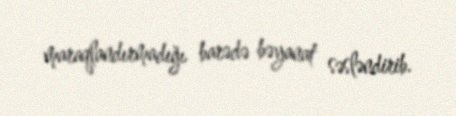
maraqlandırmadığı barədə bəyanat səsləndirib.